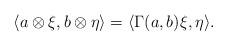
LaTeX: \begin{align*}\langle a \otimes \xi, b \otimes \eta \rangle = \langle \Gamma(a,b) \xi, \eta \rangle.\end{align*}